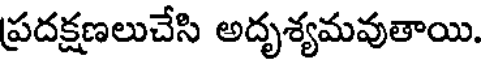
ప్రదక్షణలుచేసి అదృశ్యమవుతాయి.